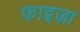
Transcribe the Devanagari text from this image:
फाइज़ा